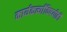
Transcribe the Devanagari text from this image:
कार्यकर्त्यांविषयीही